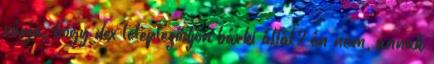
várja, hogy dex lelepleződjön bárki által? én nem, annak